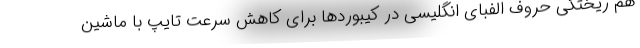
هم ریختگی حروف الفبای انگلیسی در کیبوردها برای کاهش سرعت تایپ با ماشین